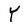
Character: Y